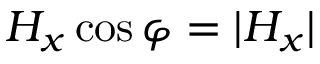
H _ { x } \cos \varphi = | { H _ { x } } |